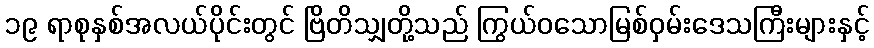
၁၉ ရာစုနှစ်အလယ်ပိုင်းတွင် ဗြိတိသျှတို့သည် ကြွယ်ဝသောမြစ်ဝှမ်းဒေသကြီးများနှင့်